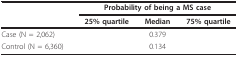
<table><thead><tr><td>[EMPTY_CELL]</td><td colspan="3"><b>Probability of being a MS case</b></td></tr><tr><td>[EMPTY_CELL]</td><td><b>25% quartile</b></td><td><b>Median</b></td><td><b>75% quartile</b></td></tr></thead><tbody><tr><td>Case (N = 2,062)</td><td>[EMPTY_CELL]</td><td>0.379</td><td>[EMPTY_CELL]</td></tr><tr><td>Control (N = 6,360)</td><td>[EMPTY_CELL]</td><td>0.134</td><td>[EMPTY_CELL]</td></tr></tbody></table>